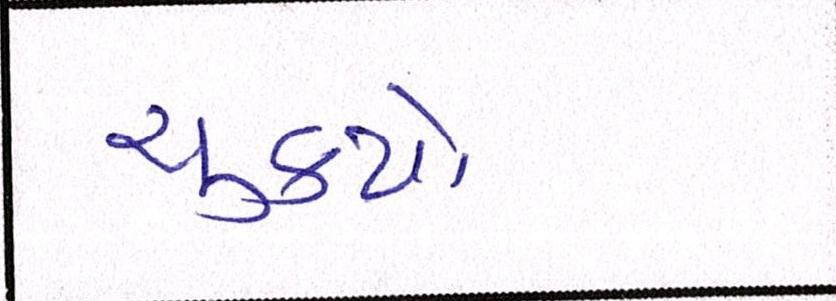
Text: ચુકયો